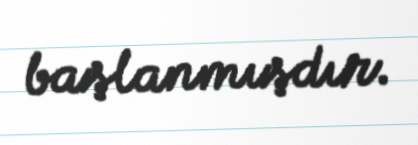
başlanmışdır.